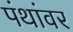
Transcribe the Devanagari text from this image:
पंथांवर